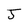
Character: J